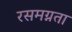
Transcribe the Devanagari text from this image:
रसमग्नता